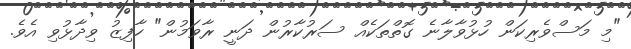
"މި މަސްވެރިކަން ހުޅުވާލާނެ ގޮތްތަކެއް ސަރުކާރުން ދަނީ ރާވަމުން" ހާފިޒު ވިދާޅުވި އެވެ.